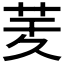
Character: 𦮖